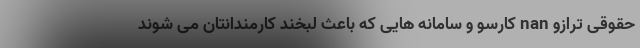
حقوقی ترازو nan کارسو و سامانه هایی که باعث لبخند کارمندانتان می شوند